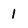
Character: 1